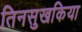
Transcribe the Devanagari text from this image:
तिनसुखकिया